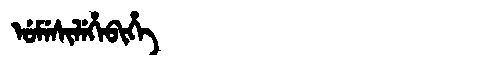
Manchu: ᡠᠮᡝᠰᡳᠯᡝᡥᡝᠪᡳᡥᡝ
Romanization: UMESILEHEBIHE